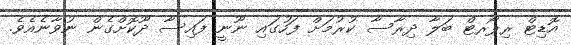
އޮޑިޓް ރިޕޯރޓް ބަލާ ދިރާސާ ކުރުމަށް ފަހުގައި ނޫނީ ފައިސާ ދޫކޮށްގެން ނުވާނެއެވެ.